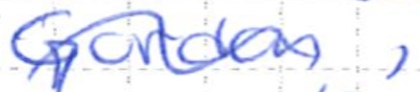
Text: Gordon,
Cross-out: wave
Writing tool: ballpoint